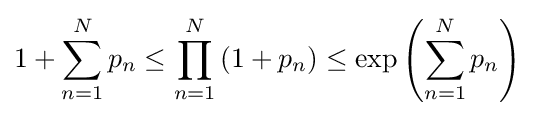
1+\sum _{n=1}^{N}p_{n}\leq \prod _{n=1}^{N}\left(1+p_{n}\right)\leq \exp \left(\sum _{n=1}^{N}p_{n}\right)